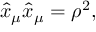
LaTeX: \hat { x } _ { \mu } \hat { x } _ { \mu } = \rho ^ { 2 } ,